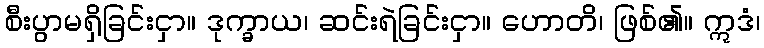
စီးပွာမရှိခြင်းငှာ။ ဒုက္ခာယ၊ ဆင်းရဲခြင်းငှာ။ ဟောတိ၊ ဖြစ်၏။ ဣဒံ၊